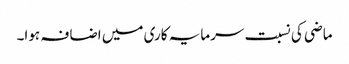
ماضی کی نسبت سرمایہ کاری میں اضافہ ہوا۔